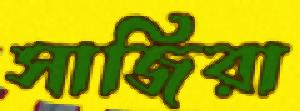
সাজিরা